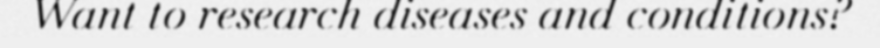
Want to research diseases and conditions?